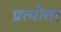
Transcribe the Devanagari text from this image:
प्रत्योत्तर